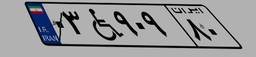
۰۳W۹۰۹۸۰